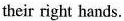
their right hands.